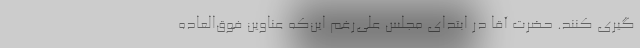
گیری کنند. حضرت آقا در ابتدای مجلس علی‌رغم این‌که عناوین فوق‌العاده